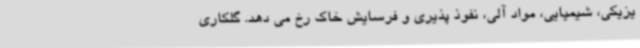
یزیکی، شیمیایی، مواد آلی، نفوذ پذیری و فرسایش خاک رخ می دهد. گلکاری